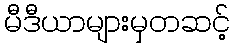
မီဒီယာများမှတဆင့်